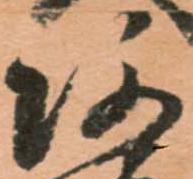
阿